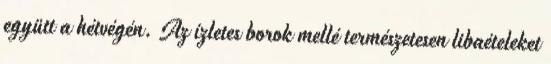
együtt a hétvégén. Az ízletes borok mellé természetesen libaételeket